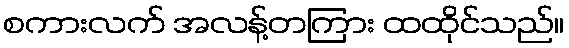
စကားလက် အလန့်တကြား ထထိုင်သည်။